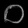
Digit: ၀